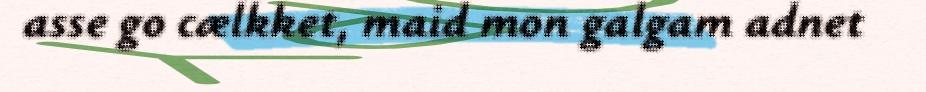
asse go cælkket, maid mon galgam adnet